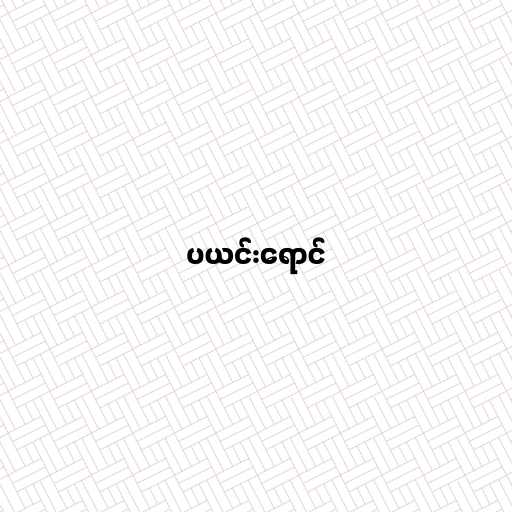
ပယင်းရောင်